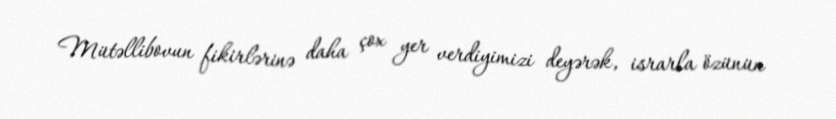
Mütəllibovun fikirlərinə daha çox yer verdiyimizi deyərək, israrla özünün